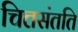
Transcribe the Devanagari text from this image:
चित्तसंतति